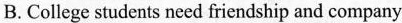
B. College students need friendship and company